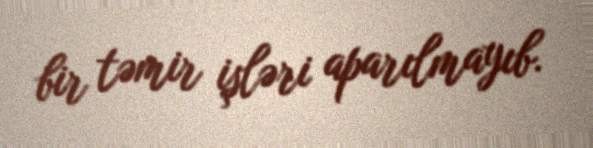
bir təmir işləri aparılmayıb.